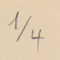
4/1